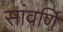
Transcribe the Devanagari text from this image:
सांवर्णि